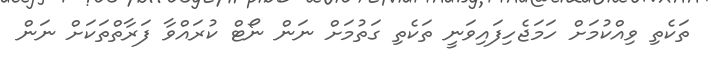
ތަކެތި ވިއްކުމަށް ހަމަޖެހިފައިވަނީ ތަކެތި ގަތުމަށް ނަން ނޯޓް ކުރައްވާ ފަރާތްތަކަށް ނަން